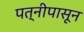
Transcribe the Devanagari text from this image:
पत्‍नीपासून